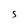
Character: S